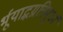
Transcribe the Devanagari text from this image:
र्भूयाद्भग्नत्रिमूर्ध्न